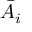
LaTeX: \bar { A _ { i } }